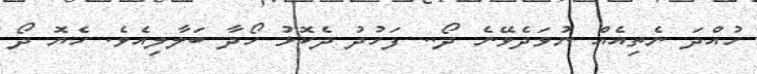
ހުއްދަ ނެތިއެއް ނުވަދެވޭނެ ދޯ.. ފަހުދު ދެކޮޅު ހޯދާ ބަލާލިއެވެ. ހެޔޮ ދޯ